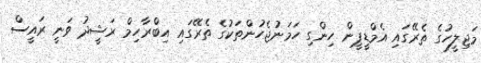
މަޖިލީހުގެ ތެރޭގައި އެމްޑީޕީން ހިންގި ހަމަނުޖެހުންތަކުގެ ތެރޭގައި އިބްރާހިމް ރަޝީދު ވަނީ ރައީސް